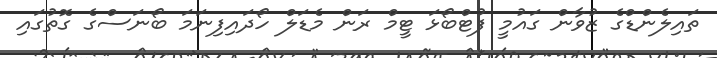
ތައިލެންޑްގެ ޒުވާން ގައުމީ ފުޓްބޯޅަ ޓީމް ރަން މެޑަލް ހޯދައިފިނަމަ ބޯނަސްގެ ގޮތުގައި